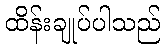
ထိန်းချုပ်ပါသည်